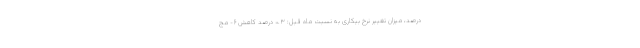
درصد، میزان تغییر نرخ بیکاری به نسبت ماه قبل: ۰.۳ درصد کاهش ۶- مج